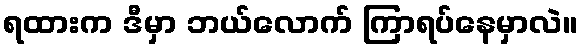
ရထားက ဒီမှာ ဘယ်လောက် ကြာရပ်နေမှာလဲ။